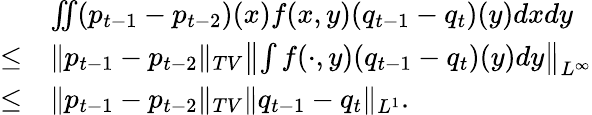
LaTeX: \begin{array}{rl}&{\iint(p_{t-1}-p_{t-2})(x)f(x,y)(q_{t-1}-q_{t})(y)dxdy}\\ {\leq}&{\| p_{t-1}-p_{t-2}\| _{TV}\left\| \int f(\cdot,y)(q_{t-1}-q_{t})(y)dy\right\| _{L^{\infty}}}\\ {\leq}&{\| p_{t-1}-p_{t-2}\| _{TV}\| q_{t-1}-q_{t}\| _{L^{1}}.}\end{array}